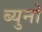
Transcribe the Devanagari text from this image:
ब्युनो